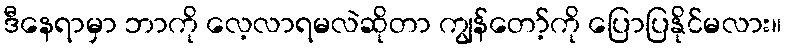
ဒီနေရာမှာ ဘာကို လေ့လာရမလဲဆိုတာ ကျွန်တော့်ကို ပြောပြနိုင်မလား။